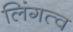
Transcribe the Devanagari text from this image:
लिंगत्व